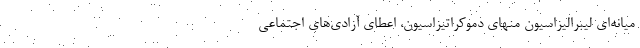
میانه‌ایِ لیبرالیزاسیون منهای دموکراتیزاسیون، اعطای آزادی‌های اجتماعی